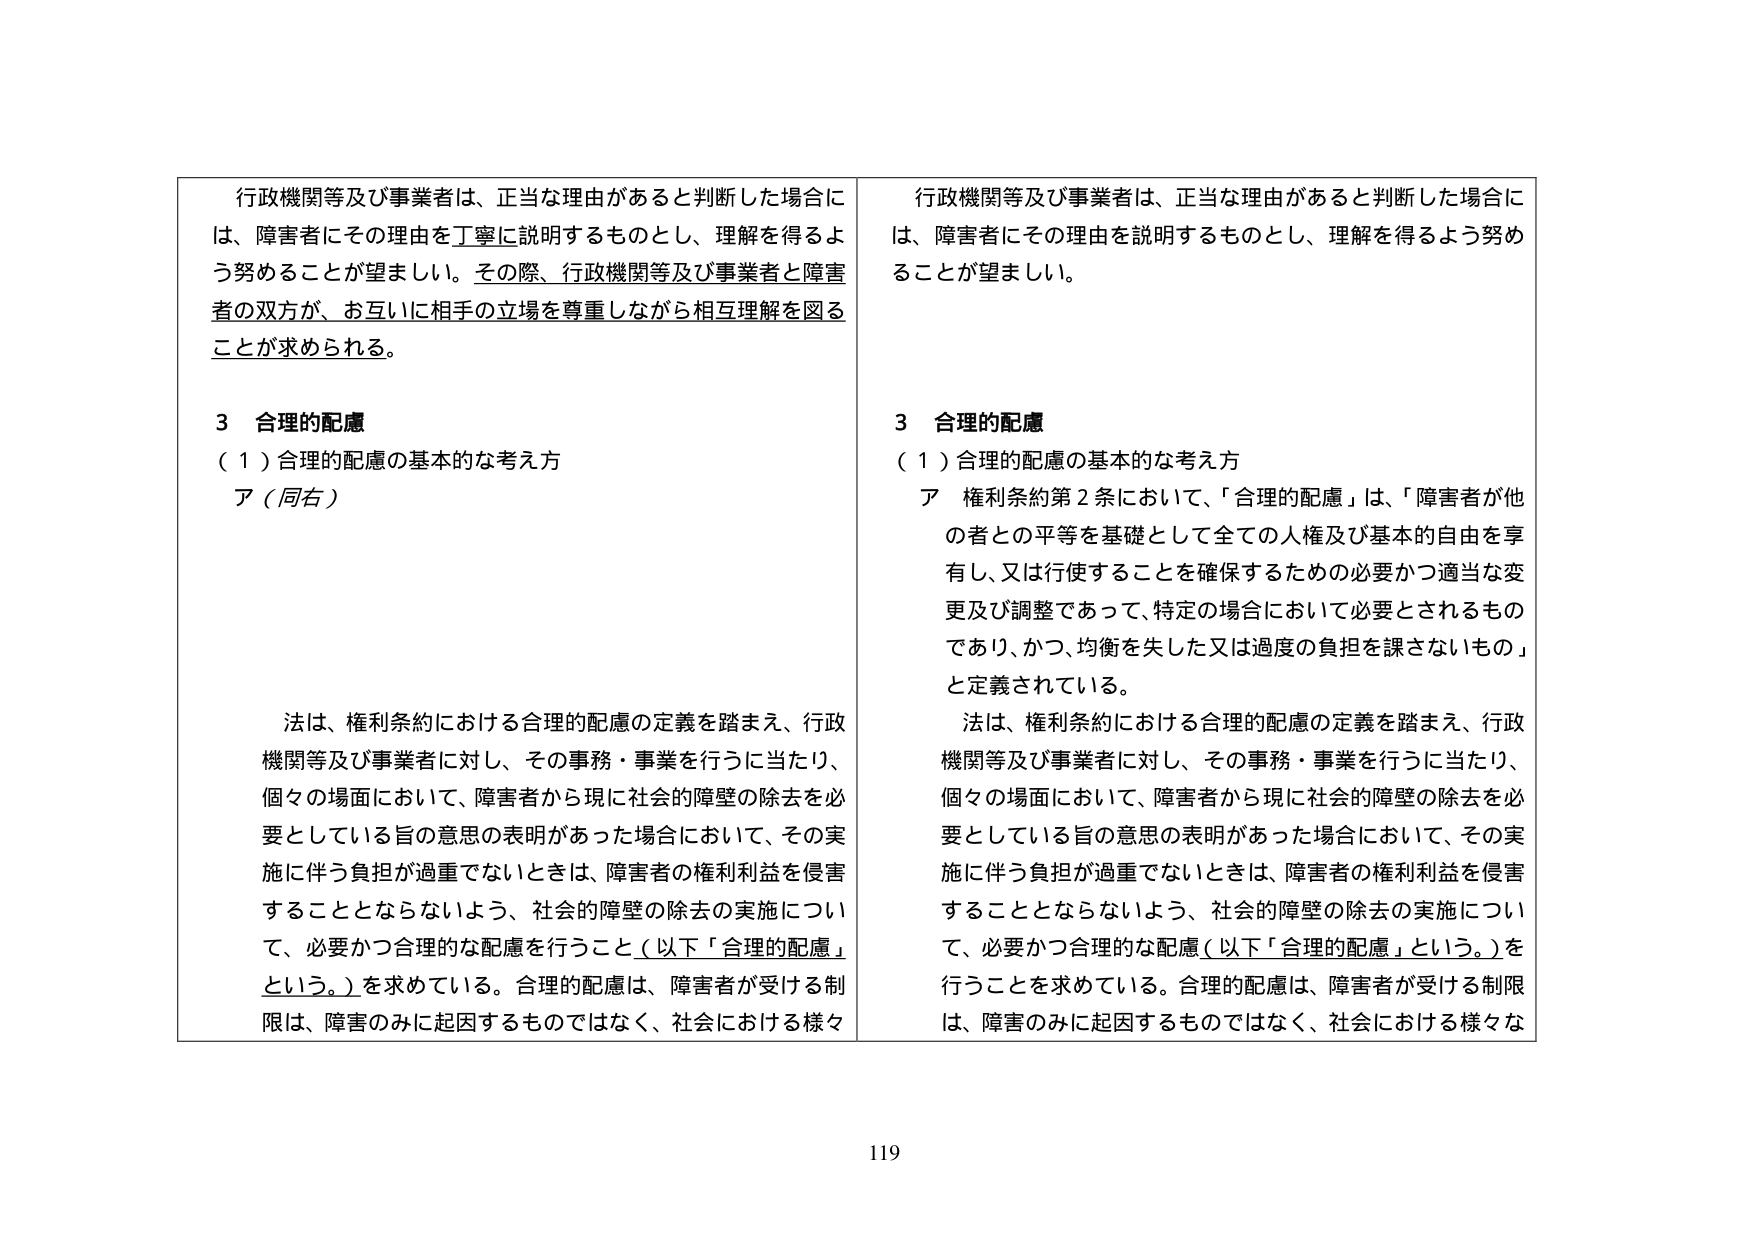
行政機関等及び事業者は、正当な理由があると判断した場合には、障害者にその理由を丁寧に説明するものとし、理解を得るよう努めることが望ましい。その際、行政機関等及び事業者と障害者の双方が、お互いに相手の立場を尊重しながら相互理解を図ることが求められる。

3 合理的配慮
（1）合理的配慮の基本的な考え方
ア（同右）

法は、権利条約における合理的配慮の定義を踏まえ、行政機関等及び事業者に対し、その事務・事業を行うに当たり、個々の場面において、障害者から現に社会的障壁の除去を必要としている旨の意思の表明があった場合において、その実施に伴う負担が過重でないときは、障害者の権利利益を侵害することとならないよう、社会的障壁の除去の実施について、必要かつ合理的な配慮を行うこと（以下「合理的配慮」という。）を求めている。合理的配慮は、障害者が受ける制限は、障害のみに起因するものではなく、社会における様々

行政機関等及び事業者は、正当な理由があると判断した場合には、障害者にその理由を説明するものとし、理解を得るよう努めることが望ましい。

3 合理的配慮
（1）合理的配慮の基本的な考え方
ア 権利条約第2条において、「合理的配慮」は、「障害者が他の者との平等を基礎として全ての人権及び基本的自由を享有し、又は行使することを確保するための必要かつ適当な変更及び調整であって、特定の場合において必要とされるものであり、かつ、均衡を失した又は過度の負担を課さないもの」と定義されている。

法は、権利条約における合理的配慮の定義を踏まえ、行政機関等及び事業者に対し、その事務・事業を行うに当たり、個々の場面において、障害者から現に社会的障壁の除去を必要としている旨の意思の表明があった場合において、その実施に伴う負担が過重でないときは、障害者の権利利益を侵害することとならないよう、社会的障壁の除去の実施について、必要かつ合理的な配慮（以下「合理的配慮」という。）を行うことを求めている。合理的配慮は、障害者が受ける制限は、障害のみに起因するものではなく、社会における様々

119